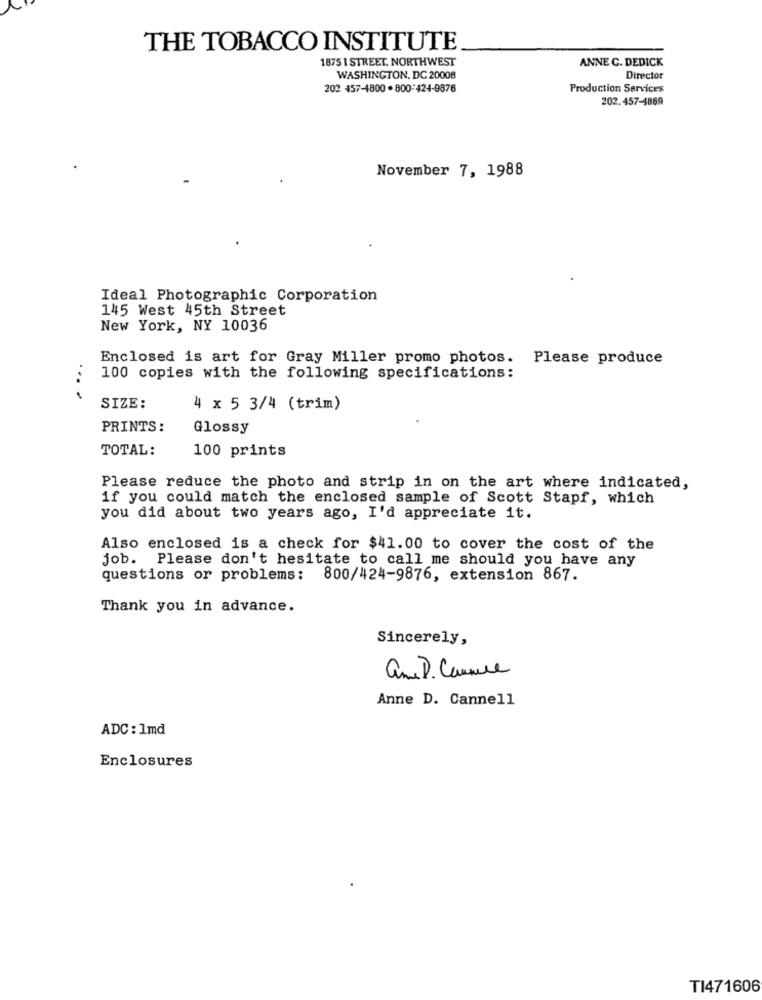
THE TOBACCO INSTITUTE
1875 1 STREET. NORTHWEST
ANNE C. DEDICK
WASHINGTON, DC 20008
Director
202 457-4800 . 800-424-9876
Production Services
202.457-4869
November 7, 1988
Ideal Photographic Corporation
145 West 45th Street
New York, NY 10036
Enclosed is art for Gray Miller promo photos.
Please produce
100 copies with the following specifications:
....
SIZE:
4 x 5 3/4 (trim)
PRINTS:
Glossy
TOTAL:
100 prints
Please reduce the photo and strip in on the art where indicated,
if you could match the enclosed sample of Scott Stapf, which
you did about two years ago, I'd appreciate it.
Also enclosed is a check for $41.00 to cover the cost of the
job. Please don't hesitate to call me should you have any
questions or problems: 800/424-9876, extension 867.
Thank you in advance.
Sincerely,
ame D. Cannuce
Anne D. Cannell
ADC : 1md
Enclosures
TI471606